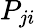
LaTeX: P_{ji}